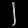
Digit: ၂